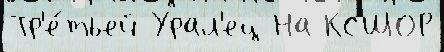
Тр'е́тьей Урал'ец На КСШОР